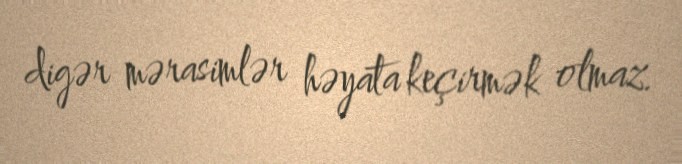
digər mərasimlər həyata keçirmək olmaz.